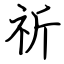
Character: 祈